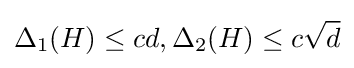
\Delta _{1}(H)\leq cd,\Delta _{2}(H)\leq c{\sqrt {d}}